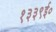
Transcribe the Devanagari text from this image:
१३३९ई०